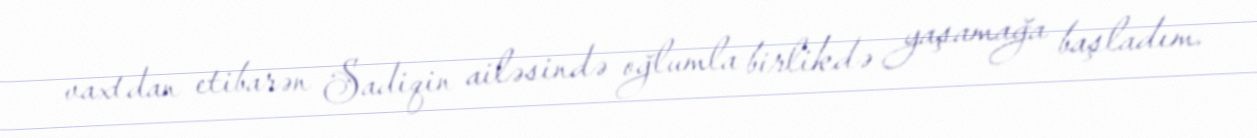
vaxtdan etibarən Sadiqin ailəsində oğlumla birlikdə yaşamağa başladım.